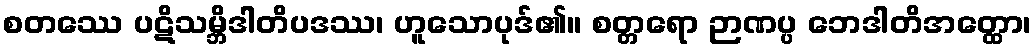
စတဿေ ပဋိသမ္ဘိဒါတိပဒဿ၊ ဟူသောပုဒ်၏။ စတ္တရော ဉာဏပ္ပ ဘေဒါတိအတ္ထော၊